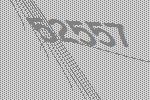
52557